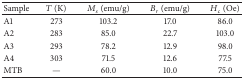
<table><thead><tr><td><b>Sample</b></td><td><b><i>T</i> (K)</b></td><td><b><i>M</i><sub><i>s</i></sub> (emu/g)</b></td><td><b><i>B</i><sub><i>r</i></sub> (emu/g)</b></td><td><b><i>H</i><sub><i>c</i></sub> (Oe)</b></td></tr></thead><tbody><tr><td>A1</td><td>273</td><td>103.2</td><td>17.0</td><td>86.0</td></tr><tr><td>A2</td><td>283</td><td>85.0</td><td>22.7</td><td>103.0</td></tr><tr><td>A3</td><td>293</td><td>78.2</td><td>12.9</td><td>98.0</td></tr><tr><td>A4</td><td>303</td><td>71.5</td><td>12.6</td><td>77.5</td></tr><tr><td>MTB</td><td> —</td><td>60.0</td><td>10.0</td><td>75.0</td></tr></tbody></table>